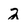
Character: 2